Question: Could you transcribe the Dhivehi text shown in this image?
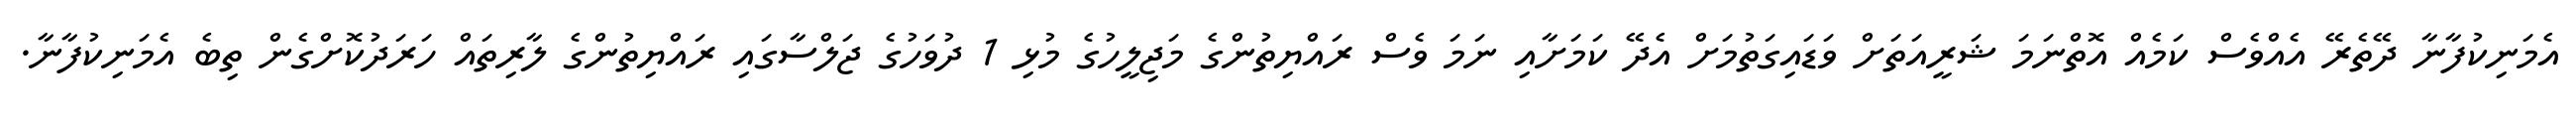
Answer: އެމަނިކުފާނާ ދޭތެރޭ އެއްވެސް ކަމެއް އޮތްނަމަ ޝަރީއަތަށް ވަޑައިގަތުމަށް އެދޭ ކަމަށާއި ނަމަ ވެސް ރައްޔިތުންގެ މަޖިލީހުގެ މުޅި 1 ދުވަހުގެ ޖަލްސާގައި ރައްޔިތުންގެ ލާރިތައް ހަރަދުކޮށްގެން ތިބެ އެމަނިކުފާނާ.